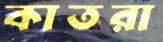
কাতরা